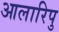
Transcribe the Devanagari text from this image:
आलारिपु